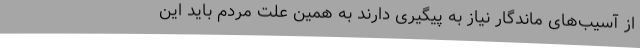
از آسیب‌های ماندگار نیاز به پیگیری دارند به همین علت مردم باید این